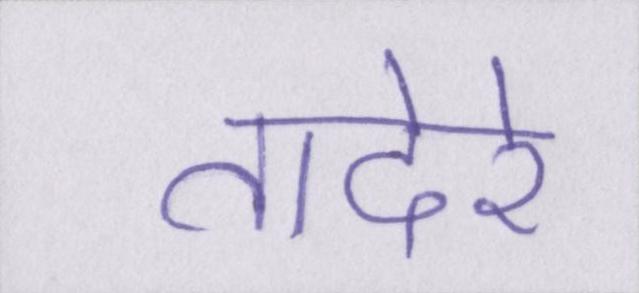
तादेरे